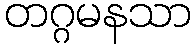
တဂ္ဂမနသာ